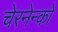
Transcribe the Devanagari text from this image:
चेरनेन्को